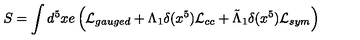
S = \int d ^ { 5 } x e \left( { \cal L } _ { g a u g e d } + \Lambda _ { 1 } \delta ( x ^ { 5 } ) { \cal L } _ { c c } + \tilde { \Lambda } _ { 1 } \delta ( x ^ { 5 } ) { \cal L } _ { s y m } \right)